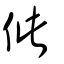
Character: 佌